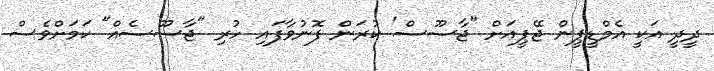
ދީދީ އަކީ އެމްޑީޕީން ޖޭޕީއަށް "ޖާސޫސް' ކުރަން ފޮނުވާފައި ހުރި "ޖާސޫސެއް" ކަމަށްވެސް